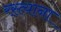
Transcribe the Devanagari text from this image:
रस्त्याना